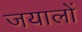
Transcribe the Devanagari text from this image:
जयालों